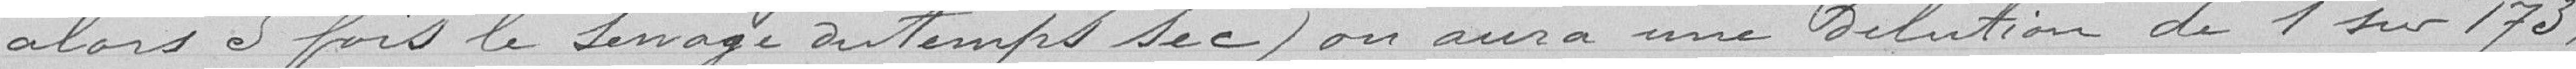
alors 5 fois le servage du temps sec) on aura une dilution de 1 sur 173,